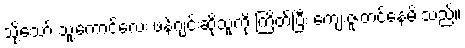
သို့သော် သူ့ကောင်လေး ဖန်ဂျင်းဆိုသူကို ကြိတ်ပြီး ကျေးဇူးတင်နေမိ သည်။